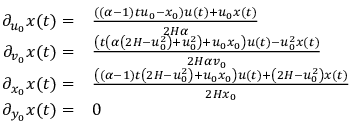
\begin{array} { r l } { \partial _ { u _ { 0 } } x ( t ) = } & { \frac { ( ( \alpha - 1 ) t u _ { 0 } - x _ { 0 } ) u ( t ) + u _ { 0 } x ( t ) } { 2 H \alpha } } \\ { \partial _ { v _ { 0 } } x ( t ) = } & { \frac { \left( t \left( \alpha \left( 2 H - u _ { 0 } ^ { 2 } \right) + u _ { 0 } ^ { 2 } \right) + u _ { 0 } x _ { 0 } \right) u ( t ) - u _ { 0 } ^ { 2 } x ( t ) } { 2 H \alpha v _ { 0 } } } \\ { \partial _ { x _ { 0 } } x ( t ) = } & { \frac { \left( ( \alpha - 1 ) t \left( 2 H - u _ { 0 } ^ { 2 } \right) + u _ { 0 } x _ { 0 } \right) u ( t ) + \left( 2 H - u _ { 0 } ^ { 2 } \right) x ( t ) } { 2 H x _ { 0 } } } \\ { \partial _ { y _ { 0 } } x ( t ) = } & { 0 } \end{array}